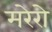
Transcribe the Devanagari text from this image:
मरेरो